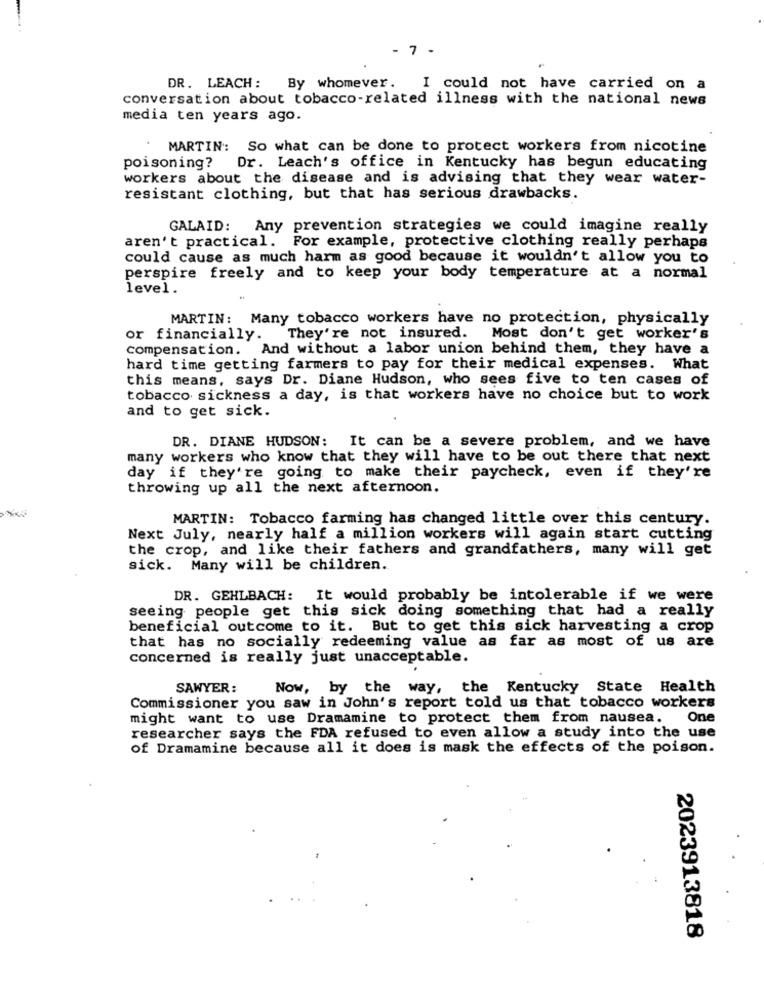
- 7 -
DR. LEACH: By whomever.
I could not have carried on a
conversation about tobacco-related illness with the national news
media ten years ago.
MARTIN: So what can be done to protect workers from nicotine
poisoning?
Dr. Leach's office in Kentucky has begun educating
workers about the disease and is advising that they wear water-
resistant clothing, but that has serious drawbacks.
GALAID: Any prevention strategies we could imagine really
aren't practical. For example, protective clothing really perhaps
could cause as much harm as good because it wouldn't allow you to
perspire freely and to keep your body temperature at a normal
level.
MARTIN: Many tobacco workers have no protection, physically
or financially.
They're not insured. Most don't get worker's
compensation. And without a labor union behind them, they have a
hard time getting farmers to pay for their medical expenses. What
this means, says Dr. Diane Hudson, who sees five to ten cases of
tobacco sickness a day, is that workers have no choice but to work
and to get sick.
DR. DIANE HUDSON: It can be a severe problem, and we have
many workers who know that they will have to be out there that next
day if they're going to make their paycheck, even if they're
throwing up all the next afternoon.
MARTIN: Tobacco farming has changed little over this century.
Next July, nearly half a million workers will again start cutting
the crop, and like their fathers and grandfathers, many will get
sick. Many will be children.
DR. GEHLBACH: It would probably be intolerable if we were
seeing people get this sick doing something that had a really
beneficial outcome to it. But to get this sick harvesting a crop
that has no socially redeeming value as far as most of us are
concerned is really just unacceptable.
SAWYER:
Now, by the way, the Kentucky State Health
Commissioner you saw in John's report told us that tobacco workers
might want to use Dramamine to protect them from nausea.
One
researcher says the FDA refused to even allow a study into the use
of Dramamine because all it does is mask the effects of the poison.
2023913818